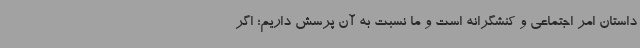
داستان امر اجتماعی و کنشگرانه است و ما نسبت به آن پرسش داریم؛ اگر